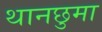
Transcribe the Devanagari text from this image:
थानछुमा